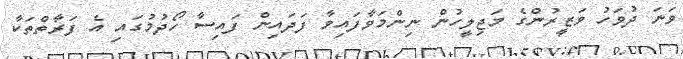
ވަނަ ދުވަހު ވަޒީރުންގެ މަޖިލީހުން ނިންމަވާފައިވާ ފަދައިން ފައިސާ ހޯދުމުގައި އެ ފަރާތްތަކާ